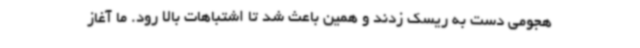
هجومی دست به ریسک زدند و همین باعث شد تا اشتباهات بالا رود. ما آغاز